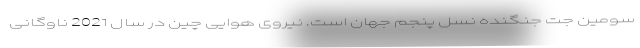
سومین جت جنگنده نسل پنجم جهان است. نیروی هوایی چین در سال 2021 ناوگانی